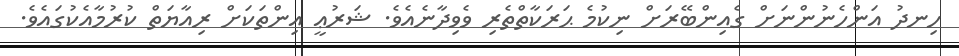
ހިނދު އަންހެނުންނަށް ގެއިންބޭރަށް ނިކުމެ ޙަރަކާތްތެރި ވެވިދާނެއެވެ. ޝަރުޢީ އިންތަކަށް ރިއާޔަތް ކުރުމާއެކުގައެވެ.